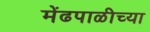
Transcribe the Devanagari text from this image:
मेंढपाळीच्या